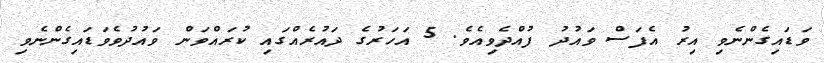
ވަޑައިގެންނެވި އިރު އެފަސް ވައުދު ފުއްދެވިއެވެ. 5 އަހަރުގެ ދައުރެއްގައި ކުރައްވަން ވައުދުވެވަޑައިގެންނެވި